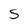
Character: s